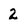
Character: 2